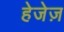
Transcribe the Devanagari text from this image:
हेजेज़